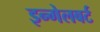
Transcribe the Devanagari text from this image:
इन्गेलबर्ट